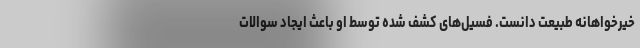
خیرخواهانه طبیعت دانست. فسیل‌های کشف شده توسط او باعث ایجاد سوالات